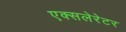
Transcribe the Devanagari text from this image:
एक्सलेरेटर